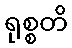
ရုစ္စတိ